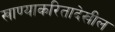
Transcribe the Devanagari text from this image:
खाण्याकरितादेखील